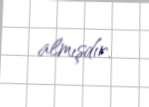
almışdır.